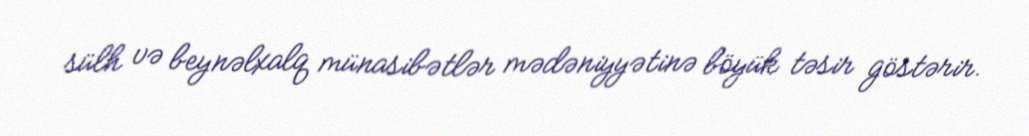
sülh və beynəlxalq münasibətlər mədəniyyətinə böyük təsir göstərir.